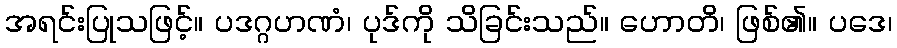
အရင်းပြုသဖြင့်။ ပဒဂ္ဂဟဏံ၊ ပုဒ်ကို သိခြင်းသည်။ ဟောတိ၊ ဖြစ်၏။ ပဒေ၊